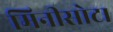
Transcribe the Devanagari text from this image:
मिनीसोटा